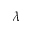
\lambda